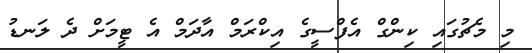
މި މެޗުގައި ކިންގް އެފްސީގެ އިކްރަމް އާދަމް އެ ޓީމަށް ދެ ލަނޑު